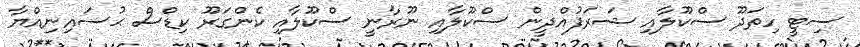
ސިޓީ ހިތަދޫ ސްކޫލާއި ޝަރަފުއްދީން ސްކޫލާއި ނޫރާނީ ސްކޫލާއި ކެންގަރޫ ކިޑްސް ޙުސައިނިއްޔާ